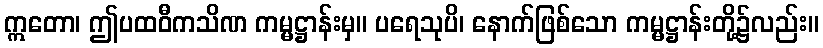
ဣတော၊ ဤပထဝီကသိဏ ကမ္မဋ္ဌာန်းမှ။ ပရေသုပိ၊ နောက်ဖြစ်သော ကမ္မဋ္ဌာန်းတို့၌လည်း။